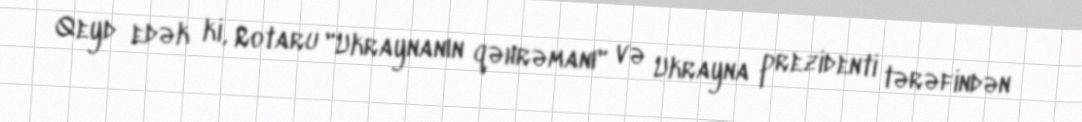
Qeyd edək ki, Rotaru "Ukraynanın qəhrəmanı" və Ukrayna prezidenti tərəfindən